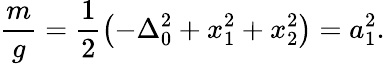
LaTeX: \frac{m}{g}=\frac{1}{2}\left(-\Delta_{0}^{2}+x_{1}^{2}+x_{2}^{2}\right)=a_{1}^{2}.